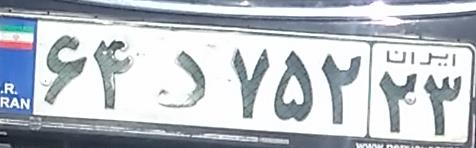
۶۴د۷۵۲۲۳